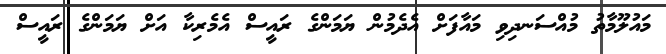
މައުލޫމާތު މުއްސަނދިވި މައާފަށް އެދެމުން ޔަމަންގެ ރައީސް އެމެރިކާ އަށް ޔަމަންގެ ރައީސް